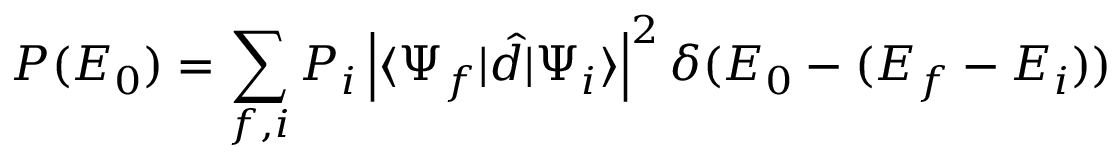
P ( E _ { 0 } ) = \sum _ { f , i } P _ { i } \left| \langle \Psi _ { f } | \hat { d } | \Psi _ { i } \rangle \right| ^ { 2 } \delta ( E _ { 0 } - ( E _ { f } - E _ { i } ) )